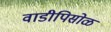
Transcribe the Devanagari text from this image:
वाडीपिसोळ